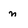
Character: n